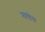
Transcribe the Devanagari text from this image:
नायोस